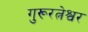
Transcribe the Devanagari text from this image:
गुरूरत्नेश्वर